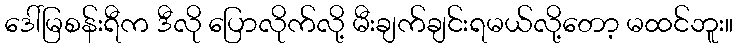
ဒေါ်မြစန်းရီက ဒီလို ပြောလိုက်လို့ မီးချက်ချင်းရမယ်လို့တော့ မထင်ဘူး။